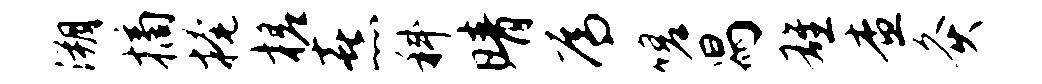
溯摘掩槎熹科晴焉嗟舄雄查灸